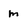
Character: m